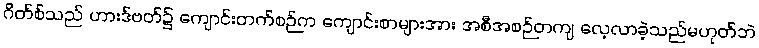
ဂိတ်စ်သည် ဟားဒ်ဗတ်၌ ကျောင်းတက်စဉ်က ကျောင်းစာများအား အစီအစဉ်တကျ လေ့လာခဲ့သည်မဟုတ်ဘဲ